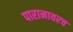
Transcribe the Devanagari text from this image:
पारानावरच